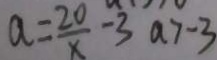
a = \frac { 2 0 } { x } - 3 a > - 3